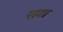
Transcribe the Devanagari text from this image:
एइशा